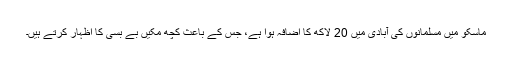
ماسکو میں مسلمانوں کی آبادی میں 20 لاکھ کا اضافہ ہوا ہے، جس کے باعث کچھ مکیں بے بسی کا اظہار کرتے ہیں۔